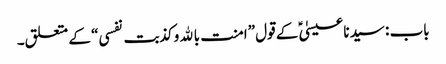
باب : سیدنا عیسیٰؑ کے قول ”امنت بالله وکذبت نفسی“ کے متعلق۔